Indian Medical Review
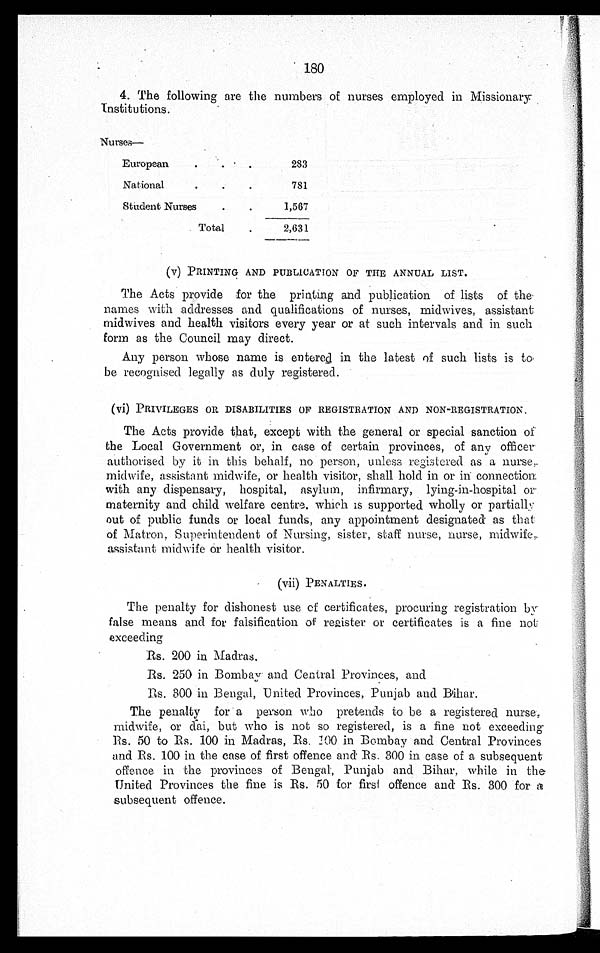
4. The following are the numbers of nurses employed in Missionary:
Institutions.
Nurses—
European
283
National
781
Student Nurses
1,567
Total
2,631
(v) PRINTING AND PUBLICATION OF THE ANNUAL LIST.
The Acts provide for the printing and publication of lists of the
names with addresses and qualifications of nurses, midwives, assistant
midwives and health visitors every year or at such intervals and in such
form as the Council may direct.
Any person whose name is entered in the latest of such lists is to
be recognised legally as duly registered.
(vi) PRIVILEGES OR DISABILITIES OF REGISTRATION AND NON-REGISTRATION.
The Acts provide that, except with the general or special sanction of
the Local Government or, in case of certain provinces, of any officer
authorised by it in this behalf, no person, unless registered as a nurse,
midwife, assistant midwife, or health visitor, shall hold in or in connection
with any dispensary, hospital, asylum, infirmary, lying-in-hospital or
maternity and child welfare centre, which is supported wholly or partially
out of public funds or local funds, any appointment designated as that
of Matron, Superintendent of Nursing, sister, staff nurse, nurse, midwife,
assistant midwife or health visitor.
(vii) PENALTIES.
The penalty for dishonest use of certificates, procuring registration by
false means and for falsification of register or certificates is a fine not
exceeding
Rs. 200 in Madras.
Rs. 250 in Bombay and Central Provinces, and
Rs. 300 in Bengal, United Provinces, Punjab and Bihar.
The penalty for a person who pretends to be a registered nurse
midwife, or dai, but who is not so registered, is a fine not exceeding
Rs. 50 to Rs. 100 in Madras, Rs. 100 in Bombay and Central Provinces
and Rs. 100 in the case of first offence and Rs. 300 in case of a subsequent
offence in the provinces of Bengal, Punjab and Bihar, while in the
United Provinces the fine is Rs. 50 for first offence and Rs. 300 for a
subsequent offence.